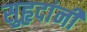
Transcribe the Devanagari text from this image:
सुहृदांनी